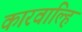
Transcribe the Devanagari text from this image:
कारवाल्हि